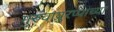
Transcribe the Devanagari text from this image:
गुरुवाय्रुरप्पाच्या